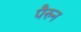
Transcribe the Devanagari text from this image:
पैरुन